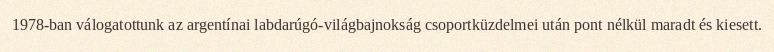
1978-ban válogatottunk az argentínai labdarúgó-világbajnokság csoportküzdelmei után pont nélkül maradt és kiesett.